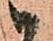
い